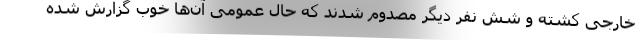
خارجی کشته و شش نفر دیگر مصدوم شدند که حال عمومی آن‌ها خوب گزارش شده